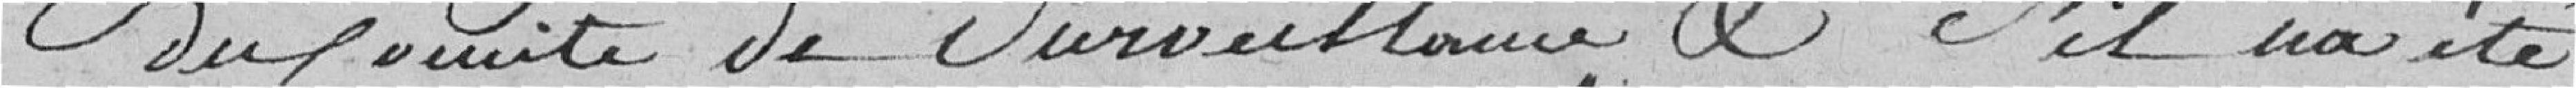
du Comité de Surveillance et s'il n'a été